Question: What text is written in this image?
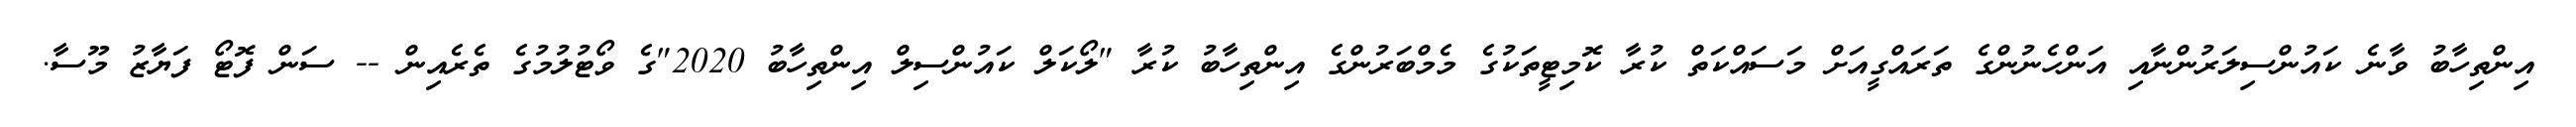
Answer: އިންތިހާބު ވާނެ ކައުންސިލަރުންނާއި އަންހެނުންގެ ތަރައްގީއަށް މަސައްކަތް ކުރާ ކޮމިޓީތަކުގެ މެމްބަރުންގެ އިންތިހާބު ކުރާ "ލޯކަލް ކައުންސިލް އިންތިހާބު 2020"ގެ ވޯޓުލުމުގެ ތެރެއިން -- ސަން ފޮޓޯ ފަޔާޒު މޫސާ.